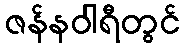
ဇန်နဝါရီတွင်